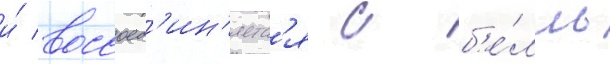
и́ воссоед'ин'яетс'я с б'е́лль